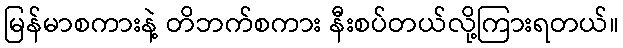
မြန်မာစကားနဲ့ တိဘက်စကား နီးစပ်တယ်လို့ကြားရတယ်။